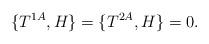
LaTeX: \begin{align*}\{T^{1A}, H\}=\{T^{2A}, H\}=0 .\end{align*}